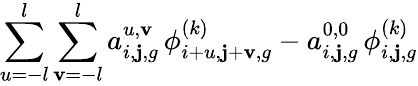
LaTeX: \sum_{u=-l}^{l}\sum_{\mathbf{v}=-l}^{l}a_{i,\mathbf{j},g}^{u,\mathbf{v}}\, \phi_{i+u,\mathbf{j}+\mathbf{v},g}^{(k)}-a_{i,\mathbf{j},g}^{0,0}\, \phi_{i,\mathbf{j},g}^{(k)}